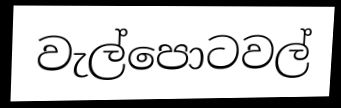
වැල්පොටවල්